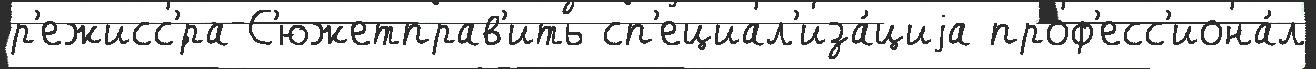
р'ежисс'́ра С'южетправ'ить сп'ециал'иза́циjа проф'есс'иона́л